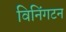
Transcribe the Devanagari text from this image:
विनिंगटन